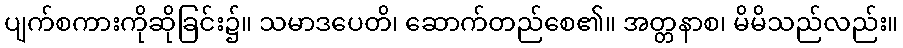
ပျက်စကားကိုဆိုခြင်း၌။ သမာဒပေတိ၊ ဆောက်တည်စေ၏။ အတ္တနာစ၊ မိမိသည်လည်း။